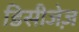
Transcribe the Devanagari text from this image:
डिसीजेज़